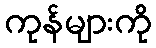
ကုန်များကို